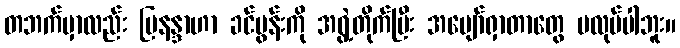
တဘက်မှာလည်း မြနန္ဒာဟာ ခင်ပွန်းကို အရွဲ့တိုက်ပြီး အပျော်ရှာတာတွေ မလုပ်ပါဘူး။